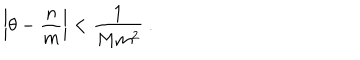
\left| \theta - \frac { n } { m } \right| < \frac { 1 } { M m ^ { 2 } } \ .